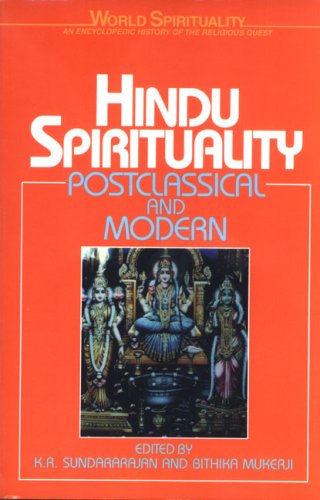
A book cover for Hindu Spirituality: Postclassical and Modern (World Spirituality) (Vol 7); Religion & Spirituality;